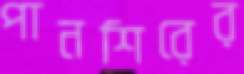
পানশিরের